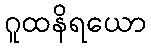
ဂူထနိရယော